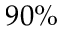
9 0 \%